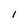
Character: 1